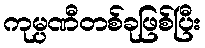
ကုမ္ပဏီတစ်ခုဖြစ်ပြီး